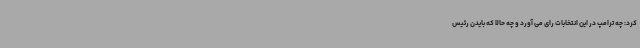
کرد: چه ترامپ در این انتخابات رای می آورد و چه حالا که بایدن رئیس